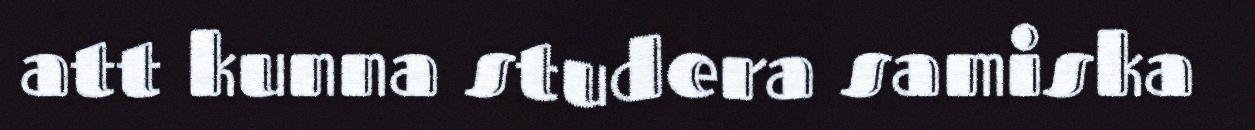
att kunna studera samiska